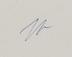
Signature authenticity: genuine